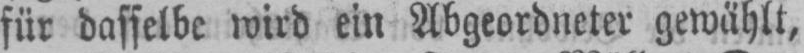
für dasselbe wird ein Abgeordneter gewählt,